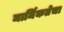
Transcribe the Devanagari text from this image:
मार्मिकतेचा